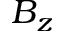
B _ { z }